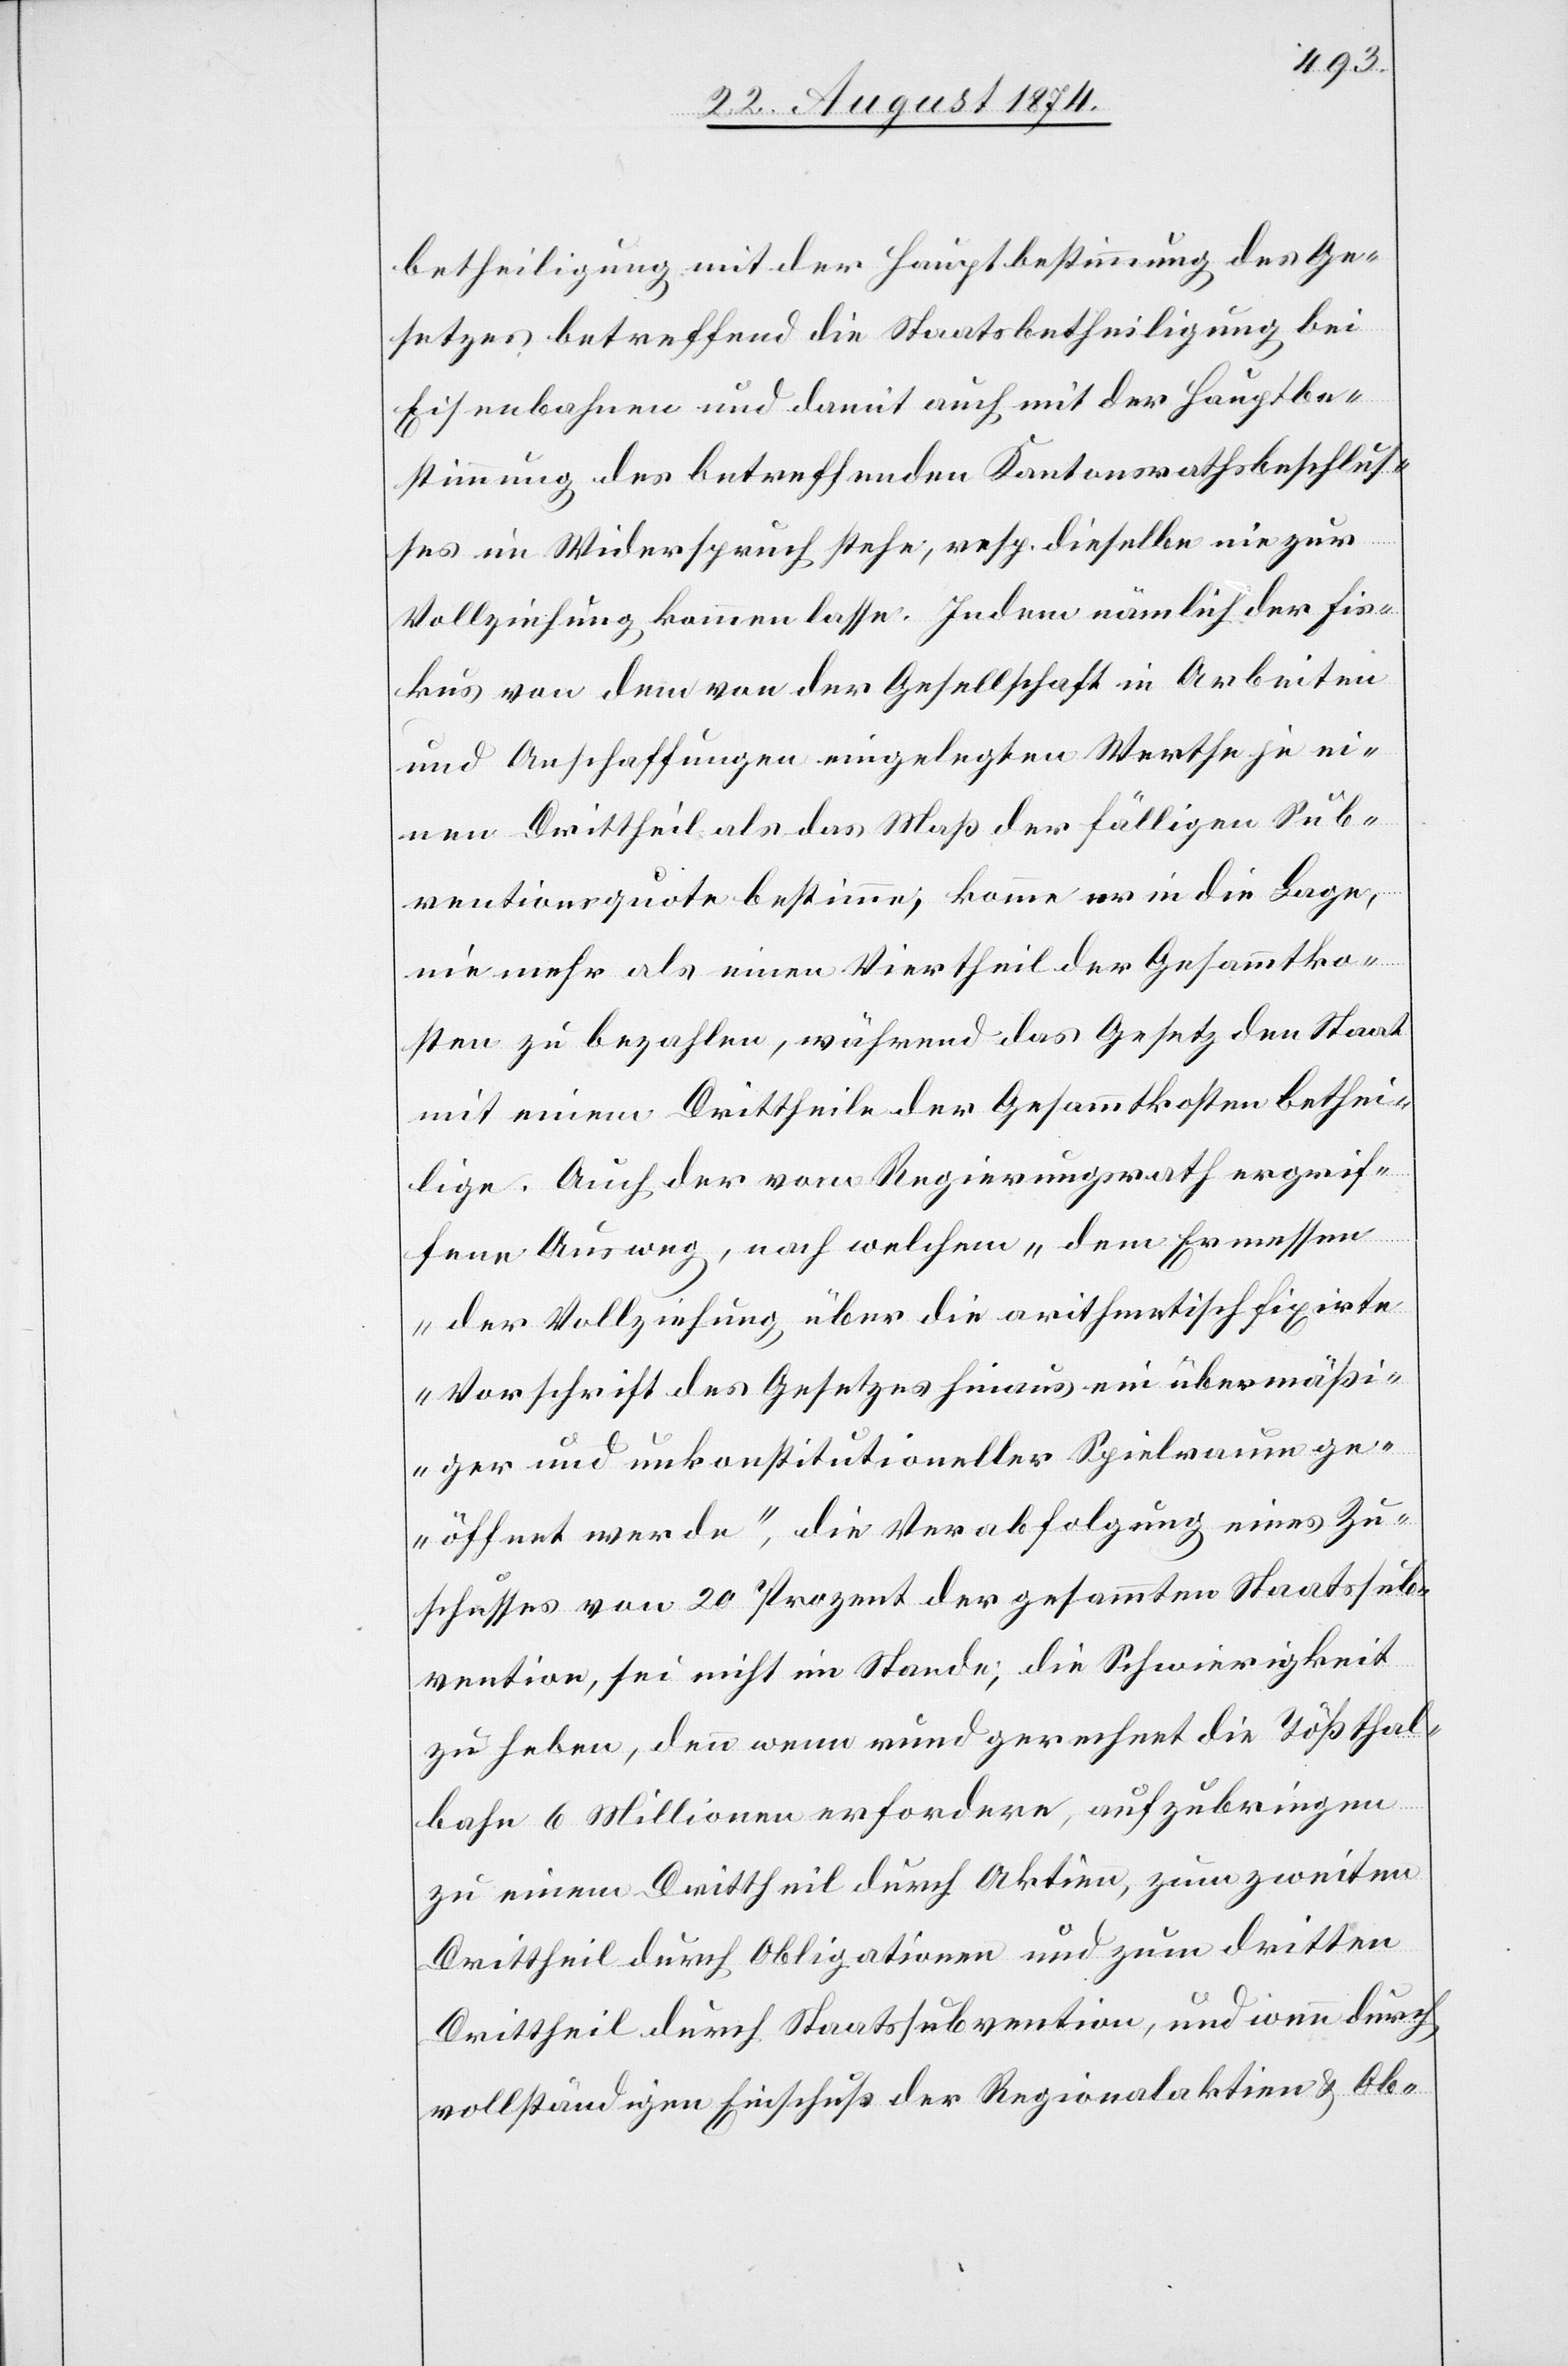
betheiligung mit der Hauptbestimmung des Ge¬
setzes betreffend die Staatsbetheiligung bei
Eisenbahnen und damit auch mit der Hauptbe¬
stimmung des betreffenden Kantonsrathsbeschlus¬
ses im Widerspruch stehe, resp. dieselbe nie zur
Vollziehung kommen lasse. Indem nämlich der Fis¬
kus von dem von der Gesellschaft in Arbeiten
und Anschaffungen eingelegten Werthe je ei¬
nen Drittheil als das Maß der fälligen Sub¬
ventionsquote bestimme, komme er in die Lage,
nie mehr als einen Viertheil der Gesammtko¬
sten zu bezahlen, während das Gesetz den Staat
mit einem Drittheile der Gesammtkosten bethei¬
lige. Auch der vom Regierungsrath ergrif¬
fene Ausweg, nach welchem „dem Ermessen
der Vollziehung über die arithmetisch fixirte
Vorschrift des Gesetzes hinaus ein übermäßi¬
ger und unkonstitutioneller Spielraum ge¬
öffnet werde“, die Verabfolgung eines Zu¬
schusses von 20 Prozent der gesammten Staatssub¬
vention, sei nicht im Stande, die Schwierigkeit
zu heben, denn wenn rund gerechnet die Tößthal¬
bahn 6 Millionen erfordere, aufzubringen
zu einem Drittheil durch Aktien, zum zweiten
Drittheil durch Obligationen und zum dritten
Drittheil durch Staatssubvention, und wenn durch
vollständigen Einschuß der Regionalaktien u. Ob-